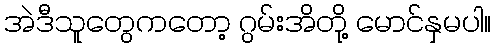
အဲဒီသူတွေကတော့ ဂွမ်းအိတို့ မောင်နှမပါ။